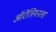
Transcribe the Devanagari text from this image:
ऑरेलियनला